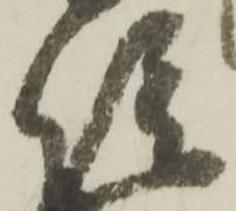
院